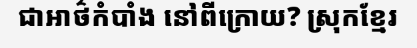
ជាអាថ៌កំបាំង នៅពីក្រោយ? ស្រុកខ្មែរ